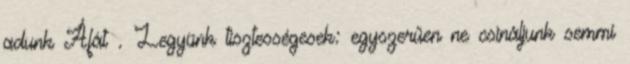
adunk Áfát . Legyünk tisztességesek: egyszerűen ne csináljunk semmi